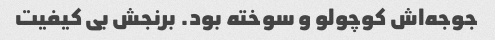
جوجه‌اش کوچولو و سوخته بود. برنجش بی کیفیت